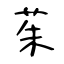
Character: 茱